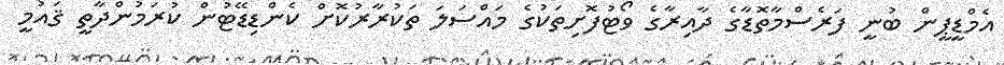
އެމްޑީޕީން ބުނީ ފަރެސްމާތޮޑާގެ ދާއިރާގެ ވޯޓުފޮށިތަކުގެ މައްސަލަ ތަކުރާރުކޮށް ކެންޑިޑޭޓުން ކުރަމުންދާތީ ޤައުމީ